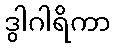
ဒွါဂါရိကာ